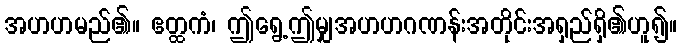
အဟဟမည်၏။ ဧတ္ထကံ၊ ဤရွေ့ဤမျှအဟဟဂဏန်းအတိုင်းအရှည်ရှိ၏ဟူ၍။